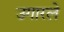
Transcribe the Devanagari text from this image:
उगारले